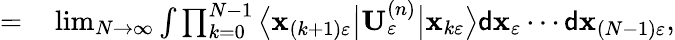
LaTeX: \begin{array}{rl}{=}&{{}\operatorname*{lim}_{N\rightarrow\infty}\int\prod_{k=0}^{N-1}\big\langle\mathbf{x}_{\left(k+1\right)\varepsilon}\big\vert\mathbf{U}_{\varepsilon}^{\left(n\right)}\big\vert\mathbf{x}_{k\varepsilon}\big\rangle\mathsf{d}\mathbf{x}_{\varepsilon}\cdots\mathsf{d}\mathbf{x}_{\left(N-1\right)\varepsilon},}\end{array}